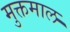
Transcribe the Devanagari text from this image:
मुक्तमाल